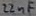
Text: 22nF